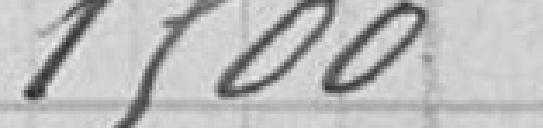
1500